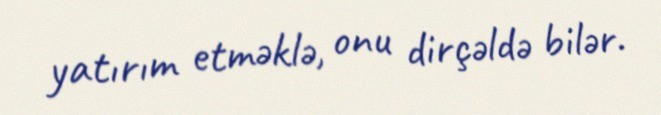
yatırım etməklə, onu dirçəldə bilər.